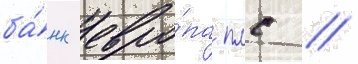
ба́нк евро́па плс /